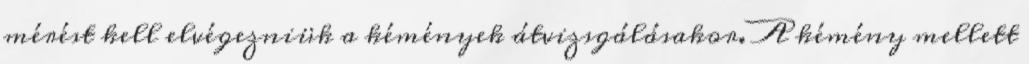
mérést kell elvégezniük a kémények átvizsgálásakor. A kémény mellett